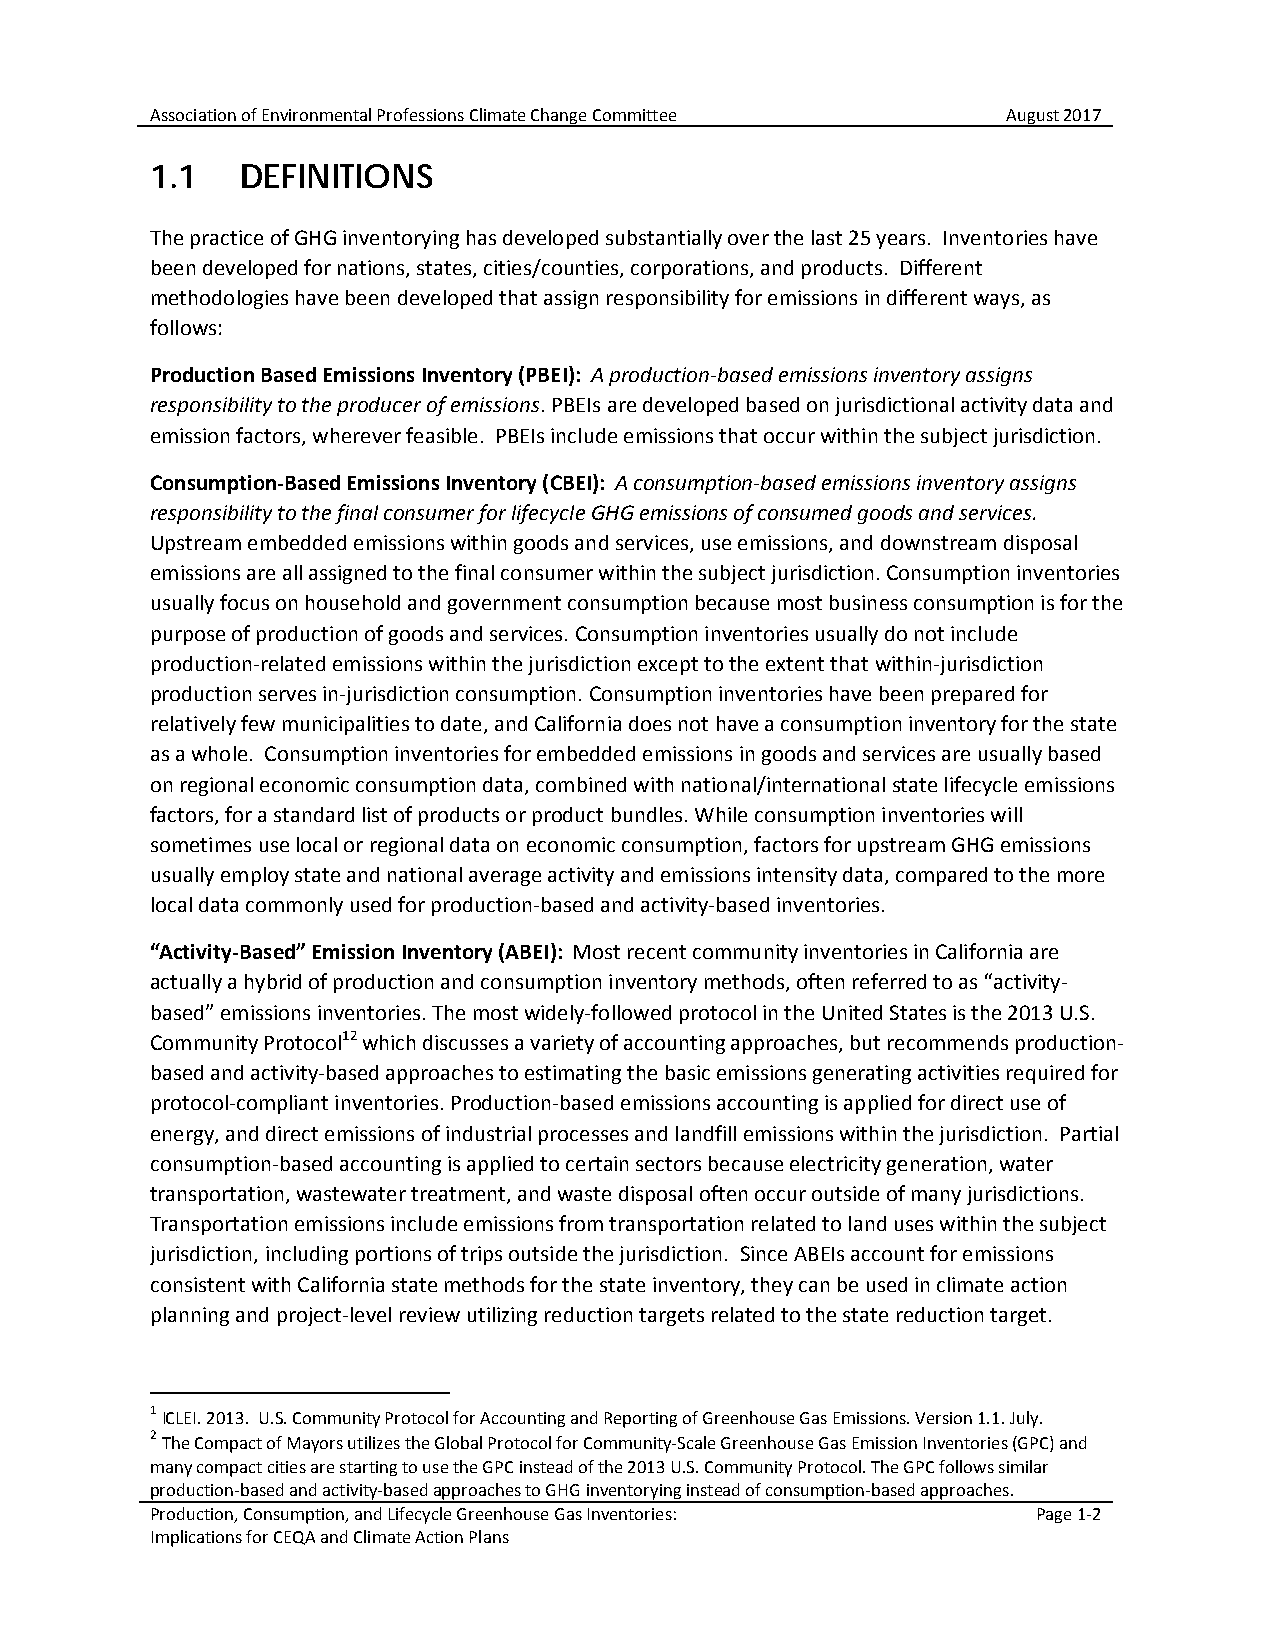
Association of Environmental Professions Climate Change Committee August 2017
 1.1   DEFINITIONS
 The practice of GHG inventorying has developed substantially over the last 25 years. Inventories have
 been developed for nations, states, cities/counties, corporations, and products. Different
 methodologies have been developed that assign responsibility for emissions in different ways, as
 follows:
 Production Based Emissions Inventory (PBEI): A production-based emissions inventory assigns
 responsibility to the producer of emissions. PBEIs are developed based on jurisdictional activity data and
 emission factors, wherever feasible. PBEIs include emissions that occur within the subject jurisdiction.
 Consumption-Based Emissions Inventory (CBEI): A consumption-based emissions inventory assigns
 responsibility to the final consumer for lifecycle GHG emissions of consumed goods and services.
 Upstream embedded emissions within goods and services, use emissions, and downstream disposal
 emissions are all assigned to the final consumer within the subject jurisdiction. Consumption inventories
 usually focus on household and government consumption because most business consumption is for the
 purpose of production of goods and services. Consumption inventories usually do not include
 production-related emissions within the jurisdiction except to the extent that within-jurisdiction
 production serves in-jurisdiction consumption. Consumption inventories have been prepared for
 relatively few municipalities to date, and California does not have a consumption inventory for the state
 as a whole. Consumption inventories for embedded emissions in goods and services are usually based
 on regional economic consumption data, combined with national/international state lifecycle emissions
 factors, for a standard list of products or product bundles. While consumption inventories will
 sometimes use local or regional data on economic consumption, factors for upstream GHG emissions
 usually employ state and national average activity and emissions intensity data, compared to the more
 local data commonly used for production-based and activity-based inventories.
 “Activity-Based” Emission Inventory (ABEI): Most recent community inventories in California are
 actually a hybrid of production and consumption inventory methods, often referred to as “activity-
 based” emissions inventories. The most widely-followed protocol in the United States is the 2013 U.S.
 Community Protocol12 which discusses a variety of accounting approaches, but recommends production-
 based and activity-based approaches to estimating the basic emissions generating activities required for
 protocol-compliant inventories. Production-based emissions accounting is applied for direct use of
 energy, and direct emissions of industrial processes and landfill emissions within the jurisdiction. Partial
 consumption-based accounting is applied to certain sectors because electricity generation, water
 transportation, wastewater treatment, and waste disposal often occur outside of many jurisdictions.
 Transportation emissions include emissions from transportation related to land uses within the subject
 jurisdiction, including portions of trips outside the jurisdiction. Since ABEIs account for emissions
 consistent with California state methods for the state inventory, they can be used in climate action
 planning and project-level review utilizing reduction targets related to the state reduction target.
 1
 ICLEI. 2013. U.S. Community Protocol for Accounting and Reporting of Greenhouse Gas Emissions. Version 1.1. July.
 2
 The Compact of Mayors utilizes the Global Protocol for Community-Scale Greenhouse Gas Emission Inventories (GPC) and
 many compact cities are starting to use the GPC instead of the 2013 U.S. Community Protocol. The GPC follows similar
 production-based and activity-based approaches to GHG inventorying instead of consumption-based approaches.
 Production, Consumption, and Lifecycle Greenhouse Gas Inventories: Page 1-2
 Implications for CEQA and Climate Action Plans